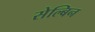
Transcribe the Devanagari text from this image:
सेल्बिन